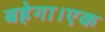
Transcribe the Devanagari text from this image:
बहेगा।एक